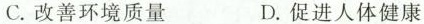
C.改善环境质量 D.促进人体健康